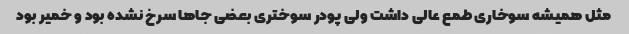
مثل همیشه سوخاری طمع عالی داشت ولی پودر سوختری بعضی جاها سرخ نشده بود و خمیر بود